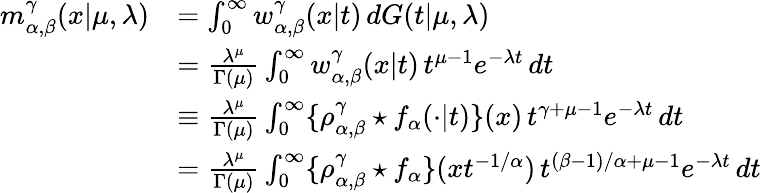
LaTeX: \begin{array}{rl}{m_{\alpha,\beta}^{\gamma}(x|\mu,\lambda)}&{=\int_{0}^{\infty}w_{\alpha,\beta}^{\gamma}(x\vert t)\, dG(t\vert\mu,\lambda)}\\ &{=\frac{\lambda^{\mu}}{\Gamma(\mu)}\int_{0}^{\infty}w_{\alpha,\beta}^{\gamma}(x\vert t)\, t^{\mu-1}e^{-\lambda t}\, dt}\\ &{\equiv\frac{\lambda^{\mu}}{\Gamma(\mu)}\int_{0}^{\infty}\{ \rho_{\alpha,\beta}^{\gamma}\star f_{\alpha}(\cdot\vert t)\} (x)\, t^{\gamma+\mu-1}e^{-\lambda t}\, dt}\\ &{=\frac{\lambda^{\mu}}{\Gamma(\mu)}\int_{0}^{\infty}\{ \rho_{\alpha,\beta}^{\gamma}\star f_{\alpha}\} (xt^{-1/\alpha})\, t^{(\beta-1)/\alpha+\mu-1}e^{-\lambda t}\, dt}\end{array}